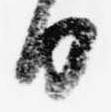
日